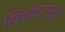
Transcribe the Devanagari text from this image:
क्रिकेटसह